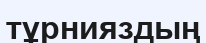
тұрнияздың